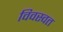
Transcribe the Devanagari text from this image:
विवस्वत